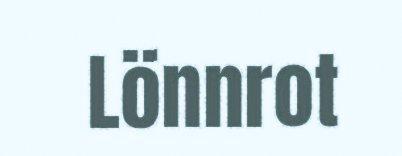
Lönnrot